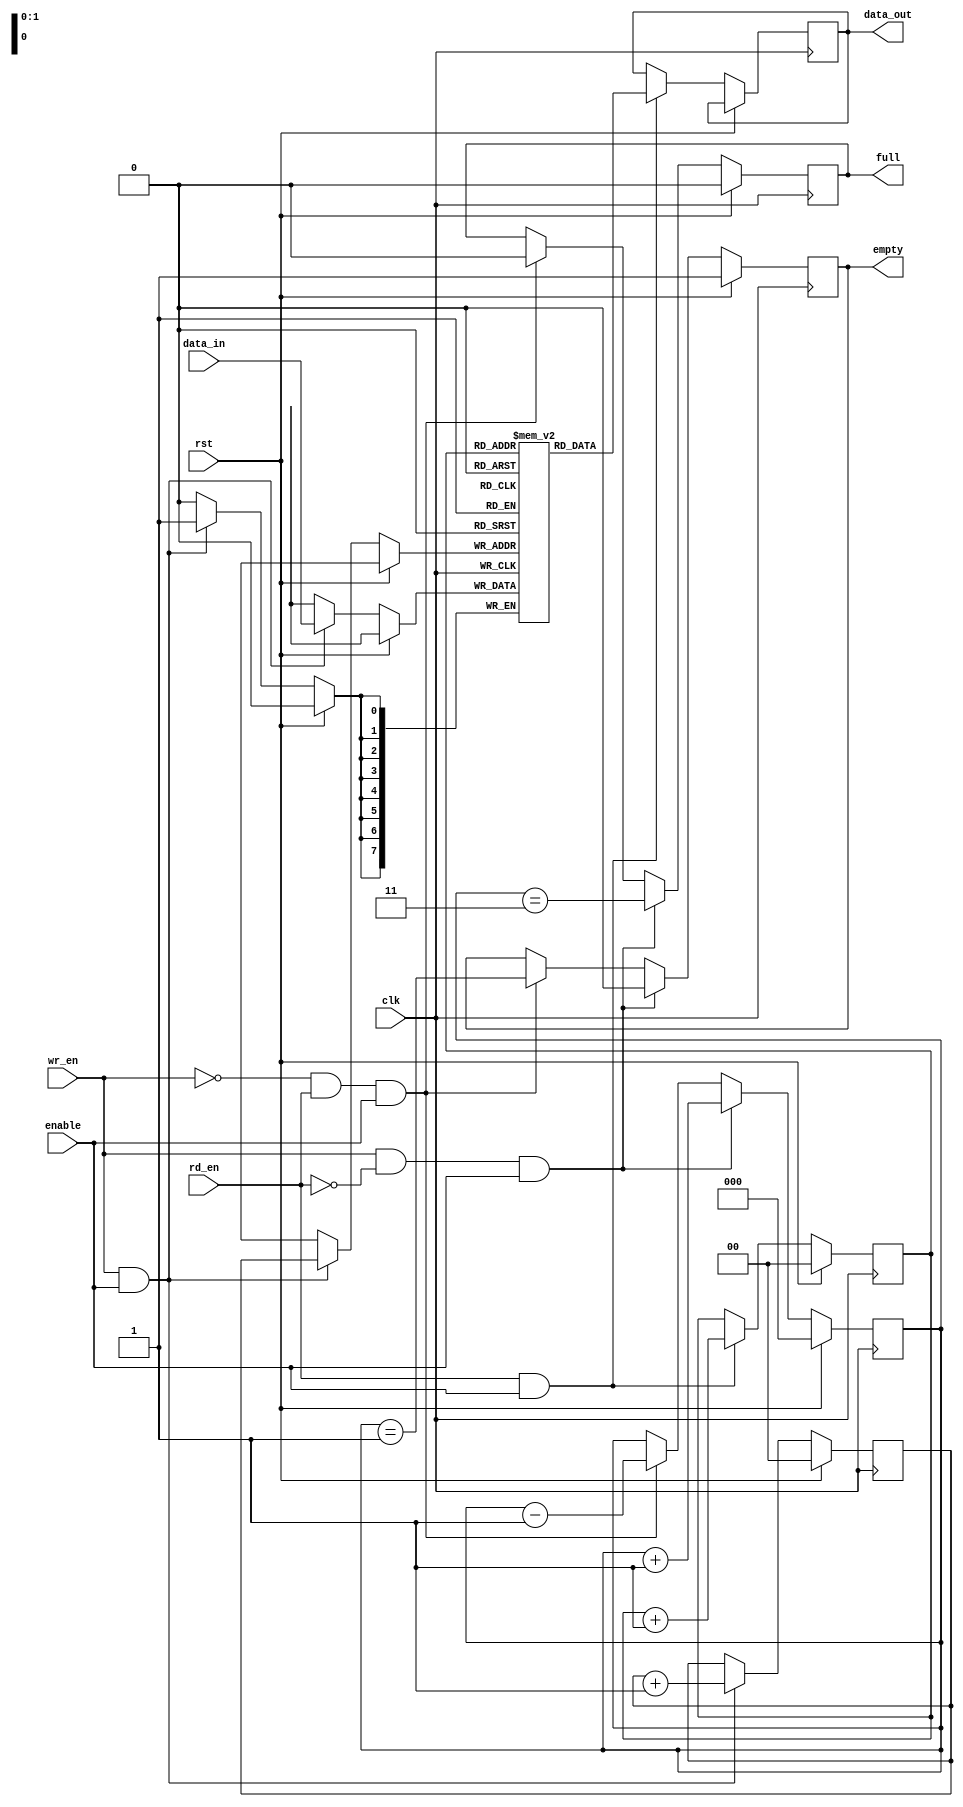
/*
register-based synchronous fifo design
*/

module syn_fifo #(
    parameter WIDTH= 8,
    parameter DEPTH = 4
) (
    input clk,
    input rst,
    
    input enable,               //enable signal with highest priority
    input wr_en,                //write enable signal
    input rd_en,                //read enable signal
    input [WIDTH-1:0] data_in,  //data input port

    output reg [WIDTH-1:0] data_out,    //data output port
    output reg full,            //signal indicating the fifo is full
    output reg empty            //signal indicating the fifo is empty
);

    localparam DEPTH_log2 = $clog2(DEPTH);

    wire [WIDTH-1:0] head;                   //the head of fifo (next output data)
    reg [DEPTH_log2-1:0] write_ptr;          //write pointer
    reg [DEPTH_log2-1:0] read_ptr;           //read pointer
    reg [WIDTH-1:0] fifo_data [DEPTH-1:0];   //registers to store fifo data
    reg [DEPTH_log2:0] number_of_data;       //current number of data stored in the fifo

    assign head = fifo_data[read_ptr];

//read pointer operation
    always @(posedge clk) begin
        if (rst)begin
            read_ptr<=0; 
        end
        else if (rd_en && enable) begin
            data_out<=head;
            read_ptr<=read_ptr+1'b1;
        end
    end

//write pointer opeartion
    always @(posedge clk) begin
        if (rst)begin
            write_ptr<=0;
        end
        else if (wr_en && enable)begin
            fifo_data[write_ptr]<=data_in;
            write_ptr<=write_ptr+1'b1;
        end
    end

//full and empty signal generation
    always @(posedge clk) begin
        if (rst)begin
            number_of_data<=0;
            empty<=1'b1;
            full<=0;
        end

        else if (wr_en && ~rd_en && enable) begin             //if writing a data but not reading
            number_of_data<=number_of_data+1'b1;
            empty<=0;                               //impossible to be empty
            full<=(number_of_data == DEPTH-1);      //insert full signal if number_of_data reached depth-1
        end

        else if (~wr_en && rd_en && enable) begin             //if reading a data but not writing
            number_of_data<=number_of_data-1'b1;
            full<=0;                               //impossible to be full
            empty<=(number_of_data == 1);          //insert empty signal is number of data reached 1
        end

        /*
            in the other two situations, when ~wr_en && ~rd_en OR wr_en && rd_en, number of data, full, empty all remain
            unchanged, thus not specified
        */
    end
    
endmodule